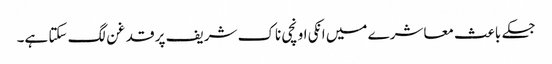
جسکے باعث معاشرے میں انکی اونچی ناک شریف پر قدغن لگ سکتا ہے۔